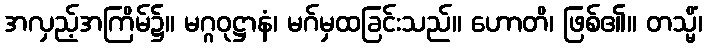
အလှည့်အကြိမ်၌။ မဂ္ဂဝုဋ္ဌာနံ၊ မဂ်မှထခြင်းသည်။ ဟောတိ၊ ဖြစ်၏။ တသ္မိံ၊